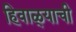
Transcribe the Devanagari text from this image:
हिवाळ्याची